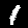
Label: 1